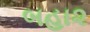
બહા૨